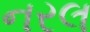
નરલ